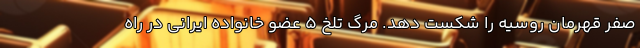
صفر قهرمان روسیه را شکست دهد. مرگ تلخ 5 عضو خانواده ایرانی در راه